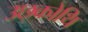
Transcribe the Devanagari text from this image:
उछ्कोथि